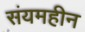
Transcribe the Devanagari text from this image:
संयमहीन